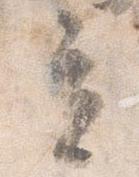
立